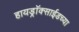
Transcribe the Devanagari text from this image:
हायड्राॅक्साईडच्या